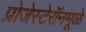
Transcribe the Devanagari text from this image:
प्रोजेस्टेरॉनमूळे